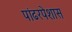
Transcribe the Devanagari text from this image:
पांढरपेशास